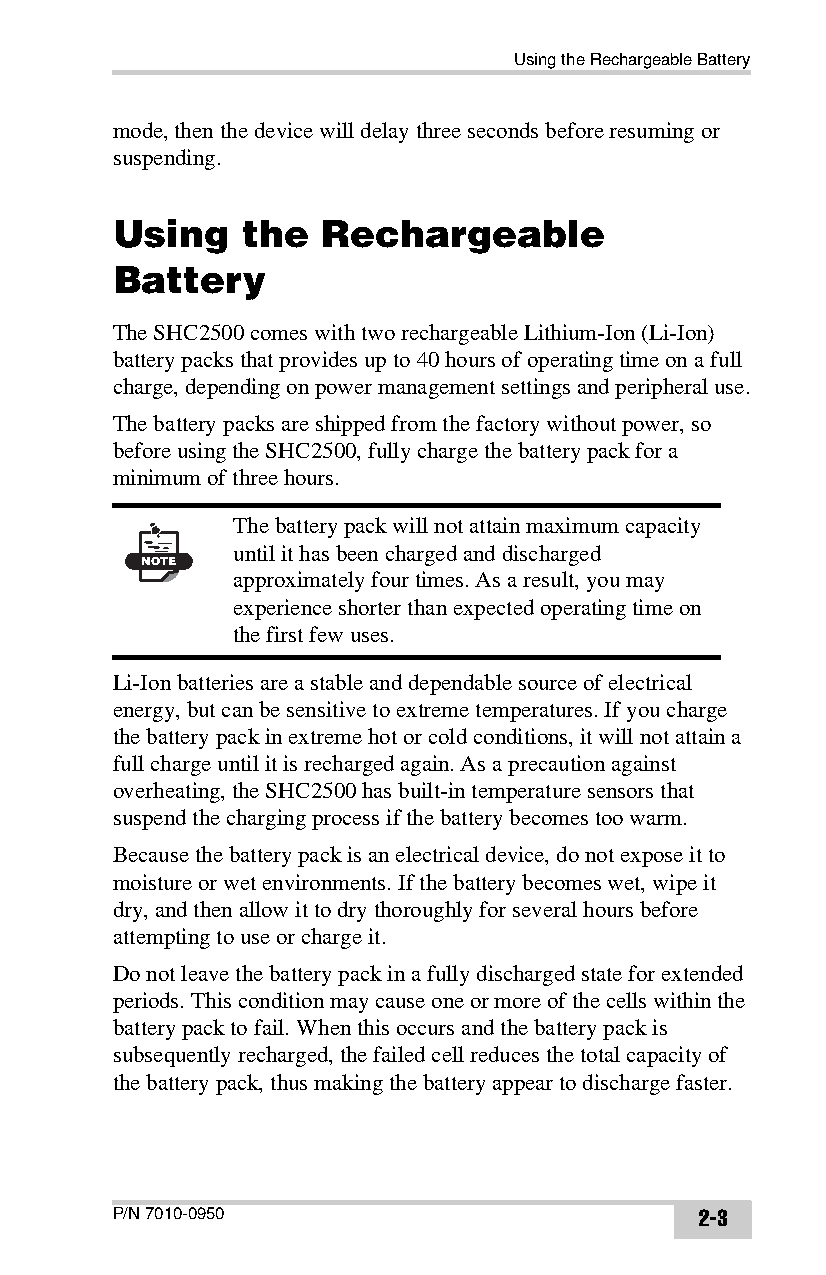
Using the Rechargeable Battery
 mode, then the device will delay three seconds before resuming or
 suspending.
 Using    the  Rechargeable
 Battery
 The SHC2500 comes with two rechargeable Lithium-Ion (Li-Ion)
 battery packs that provides up to 40 hours of operating time on a full
 charge, depending on power management settings and peripheral use.
 The battery packs are shipped from the factory without power, so
 before using the SHC2500, fully charge the battery pack for a
 minimum of three hours.
 The battery pack will not attain maximum capacity
 until it has been charged and discharged
 NOTE
 approximately four times. As a result, you may
 experience shorter than expected operating time on
 the first few uses.
 Li-Ion batteries are a stable and dependable source of electrical
 energy, but can be sensitive to extreme temperatures. If you charge
 the battery pack in extreme hot or cold conditions, it will not attain a
 full charge until it is recharged again. As a precaution against
 overheating, the SHC2500 has built-in temperature sensors that
 suspend the charging process if the battery becomes too warm.
 Because the battery pack is an electrical device, do not expose it to
 moisture or wet environments. If the battery becomes wet, wipe it
 dry, and then allow it to dry thoroughly for several hours before
 attempting to use or charge it.
 Do not leave the battery pack in a fully discharged state for extended
 periods. This condition may cause one or more of the cells within the
 battery pack to fail. When this occurs and the battery pack is
 subsequently recharged, the failed cell reduces the total capacity of
 the battery pack, thus making the battery appear to discharge faster.
 P/N 7010-0950                          2-3